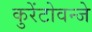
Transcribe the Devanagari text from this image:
कुरेंटोवन्जे